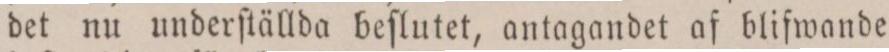
det nu underſtällda beſlutet, antagandet af blifwande